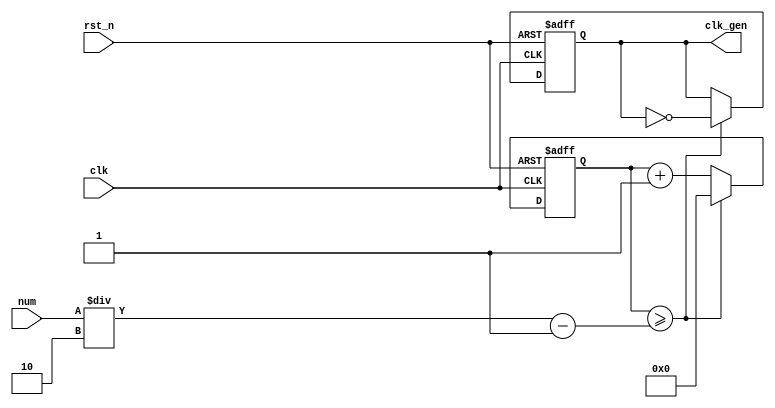
// Numerical Controlled Oscillator
module nco(     clk_gen,
                num,
                clk,
                rst_n    );

output          clk_gen   ;
input  [31:0]   num       ;
input           clk       ;
input           rst_n     ;

reg    [31:0]   cnt       ;
reg             clk_gen   ;
always @(posedge clk or negedge rst_n) begin
        if(rst_n == 1'b0) begin
                 cnt      <= 32'd0;
                 clk_gen  <= 1'd0;
        end else begin
                 if(cnt >= num/2-1) begin
                           cnt      <= 32'd0;
                           clk_gen  <= ~clk_gen;
                 end else begin
                           cnt <= cnt + 1'b1;
                 end
        end
end

endmodule

//FND Decoder
module fnd_dec( o_seg,
                i_num );

output [6:0]    o_seg  ;
input  [3:0]    i_num  ;

reg    [6:0]    o_seg  ;
always @(*) begin
       case(i_num)
            4'd0  : o_seg = 7'b1111_110;
            4'd1  : o_seg = 7'b0110_000;
            4'd2  : o_seg = 7'b1101_101;
            4'd3  : o_seg = 7'b1111_001;
            4'd4  : o_seg = 7'b0110_011;
            4'd5  : o_seg = 7'b1011_011;
            4'd6  : o_seg = 7'b1011_111;
            4'd7  : o_seg = 7'b1110_000;
            4'd8  : o_seg = 7'b1111_111;
            4'd9  : o_seg = 7'b1110_011;
            4'd10 : o_seg = 7'b1110_111;
            4'd11 : o_seg = 7'b1111_111;
            4'd12 : o_seg = 7'b1001_110;
            4'd13 : o_seg = 7'b1111_110;
            4'd14 : o_seg = 7'b1001_111;
            4'd15 : o_seg = 7'b1000_111;
            default o_seg = 7'b0000_000;
        endcase
end

endmodule

// LED Display
module led_disp( o_seg,
                 o_seg_dp,
                 o_seg_enb,
                 i_six_digit_seg,
                 i_six_dp,
                 clk,
                 rst_n      );

output [5:0]     o_seg_enb           ;
output           o_seg_dp            ;
output [6:0]     o_seg               ;

input  [41:0]    i_six_digit_seg     ;
input  [5:0]     i_six_dp            ;
input            clk                 ;
input            rst_n               ;

wire             gen_clk             ;
nco              u_nco(
                 .clk_gen  ( gen_clk  ),
                 .num      ( 32'd5000 ),
                 .clk      ( clk      ),
                 .rst_n    ( rst_n    ));

reg    [3:0]     cnt_common_node     ;
always @(posedge gen_clk or negedge rst_n) begin
        if(rst_n == 1'b0) begin
                 cnt_common_node <= 4'd0;
        end else begin
                 if(cnt_common_node >= 4'd5) begin
                        cnt_common_node <= 4'd0;
                 end else begin
                        cnt_common_node <= cnt_common_node + 1'b1;
                 end
        end
end

reg     [5:0]    o_seg_enb           ;
always @(cnt_common_node) begin
         case(cnt_common_node)
                 4'd0 :  o_seg_enb = 6'b111110;
                 4'd1 :  o_seg_enb = 6'b111101;
                 4'd2 :  o_seg_enb = 6'b111011;
                 4'd3 :  o_seg_enb = 6'b110111;
                 4'd4 :  o_seg_enb = 6'b101111;
                 4'd5 :  o_seg_enb = 6'b011111;
                 default:o_seg_enb = 6'b111111;
         endcase
end

reg              o_seg_dp            ;
always @(cnt_common_node) begin
         case(cnt_common_node)
                 4'd0 :  o_seg_dp = i_six_dp[0];
                 4'd1 :  o_seg_dp = i_six_dp[1];
                 4'd2 :  o_seg_dp = i_six_dp[2];
                 4'd3 :  o_seg_dp = i_six_dp[3];
                 4'd4 :  o_seg_dp = i_six_dp[4];
                 4'd5 :  o_seg_dp = i_six_dp[5];
                 default:o_seg_dp = 1'b0;
         endcase
end

reg      [6:0]   o_seg               ;
always @(cnt_common_node) begin
         case(cnt_common_node)
                 4'd0 : o_seg = i_six_digit_seg[6:0];
                 4'd1 : o_seg = i_six_digit_seg[13:7];
                 4'd2 : o_seg = i_six_digit_seg[20:14];
                 4'd3 : o_seg = i_six_digit_seg[27:21];
                 4'd4 : o_seg = i_six_digit_seg[34:28];
                 4'd5 : o_seg = i_six_digit_seg[41:35];
                 default:o_seg = 7'b111_1110;
         endcase
end

endmodule


//IR_Rx
module ir_rx(   
                  o_data,
                  i_ir_rxb,
                  clk,
                  rst_n    );

output   [31:0]   o_data              ;

input             i_ir_rxb            ;
input             clk                 ;
input             rst_n               ;

parameter         IDLE     = 2'b00    ;
 // 9ms high 4.5ms low
parameter         LEADCODE = 2'b01    ;
 // Custom & Data Code
parameter         DATACODE = 2'b10    ;
 // 32-bit data
parameter         COMPLETE = 2'b11    ;

 //               1M Clock = 1us Reference Time
wire              clk_1M              ;
nco               u_nco(
                  .clk_gen   ( clk_1M ),
                  .num       ( 32'd50 ),
                  .clk       ( clk    ),
                  .rst_n     ( rst_n  ));

 //               Sequential Rx Bits
wire              ir_rx               ;
assign            ir_rx = ~i_ir_rxb   ;

reg      [1:0]    seg_rx              ;
always @(posedge clk_1M or negedge rst_n) begin
    if(rst_n == 1'b0) begin
             seg_rx <= 2'b00;
    end else begin
             seg_rx <= {seg_rx[0], ir_rx};
    end
end

 //               Count Signal Polarity (High & Low)
reg      [15:0]   cnt_h               ;
reg      [15:0]   cnt_l               ;
always @(posedge clk_1M or negedge rst_n) begin
    if(rst_n == 1'b0) begin
             cnt_h <= 16'd0;
             cnt_l <= 16'd0;
    end else begin
             case(seg_rx)
                     2'b00 : cnt_l <= cnt_l + 1;
                     2'b01 : begin
                           cnt_l <= 16'd0;
                           cnt_h <= 16'd0;
                     end
                     2'b11 : cnt_h <= cnt_h + 1;
             endcase
    end
end

 //               State Machine
reg      [1:0]    state               ;
reg      [5:0]    cnt32               ;
always @(posedge clk_1M or negedge rst_n) begin
    if(rst_n == 1'b0) begin
             state <= IDLE;
             cnt32 <= 6'd0;
    end else begin
             case(state)
                 IDLE: begin
                           state <= LEADCODE;
                           cnt32 <= 6'd0;
                 end
                 LEADCODE: begin
                           if(cnt_h >= 8500 && cnt_l >= 4000) begin
                                    state <= DATACODE;
                           end else begin
                                    state <= LEADCODE;
                           end
                 end
                 DATACODE: begin
                           if(seg_rx == 2'b01) begin
                                     cnt32 <= cnt32 + 1;
                           end else begin
                                     cnt32 <= cnt32;
                           end
                           if(cnt32 >= 6'd32 && cnt_l >= 1000) begin
                                    state <= COMPLETE;
                           end else begin
                                    state <= DATACODE;
                           end
                 end
                 COMPLETE: state <= IDLE;
             endcase
    end
end

 //               32bit Custom & Data Code
reg      [31:0]   data                ;
reg      [31:0]   o_data              ;
always @(posedge clk_1M or negedge rst_n) begin
    if(rst_n == 1'b0) begin
             data <= 32'd0;
    end else begin
             case(state)
                 DATACODE: begin
                           if(cnt_l >= 1000) begin
                                    data[32-cnt32] <= 1'b1;
                           end else begin
                                    data[32-cnt32] <= 1'b0;
                           end
                 end
                 COMPLETE: o_data <= data;
             endcase
    end
end

endmodule

module top(
                  o_seg,
                  o_seg_dp,
                  o_seg_enb,
                  i_ir_rxb,
                  clk,
                  rst_n     );

output   [6:0]    o_seg                ;
output            o_seg_dp             ;
output   [5:0]    o_seg_enb            ;

input             i_ir_rxb             ;
input             clk                  ;
input             rst_n                ;

wire     [31:0]   data                 ;
ir_rx             u_ir(   
                  .o_data   ( data     ),
                  .i_ir_rxb ( i_ir_rxb ),
                  .clk      ( clk      ),
                  .rst_n    ( rst_n    ));

wire     [6:0]    seg_0                   ;
fnd_dec           u_fnd_dec_0( 
                  .o_seg    ( seg_0       ),
                  .i_num    ( data[3:0]   ));

wire     [6:0]    seg_1                   ;
fnd_dec           u_fnd_dec_1( 
                  .o_seg    ( seg_1       ),
                  .i_num    ( data[7:4]   ));

wire     [6:0]    seg_2                   ;
fnd_dec           u_fnd_dec_2( 
                  .o_seg    ( seg_2       ),
                  .i_num    ( data[11:8]  ));

wire     [6:0]    seg_3                   ;
fnd_dec           u_fnd_dec_3( 
                  .o_seg    ( seg_3       ),
                  .i_num    ( data[15:12] ));

wire     [6:0]    seg_4                   ;
fnd_dec           u_fnd_dec_4( 
                  .o_seg    ( seg_4       ),
                  .i_num    ( data[19:16] ));

wire     [6:0]    seg_5                   ;
fnd_dec           u_fnd_dec_5( 
                  .o_seg    ( seg_5       ),
                  .i_num    ( data[23:20] ));

wire     [41:0]   six_digit_seg           ;
assign            six_digit_seg = {seg_5, seg_4, seg_3, seg_2, seg_1, seg_0};
led_disp          u_led_disp(
                  .o_seg           ( o_seg         ),
                  .o_seg_dp        ( o_seg_dp      ),
                  .o_seg_enb       ( o_seg_enb     ),
                  .i_six_digit_seg ( six_digit_seg ),
                  .i_six_dp        ( 6'd0          ),
                  .clk             ( clk           ),
                  .rst_n           ( rst_n         ));

endmodule